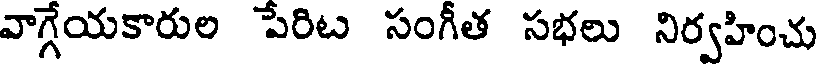
వాగ్గేయకారుల పేరిట సంగీత సభలు నిర్వహించు